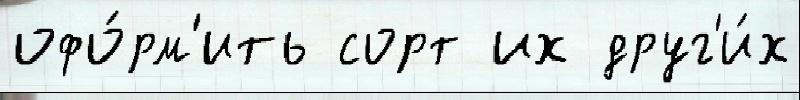
офо́рм'ить сорт их друг'и́х